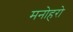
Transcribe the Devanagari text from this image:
मनोहरो